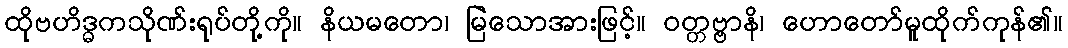
ထိုဗဟိဒ္ဓကသိုဏ်းရုပ်တို့ကို။ နိယမတော၊ မြဲသောအားဖြင့်။ ဝတ္တဗ္ဗာနိ၊ ဟောတော်မူထိုက်ကုန်၏။